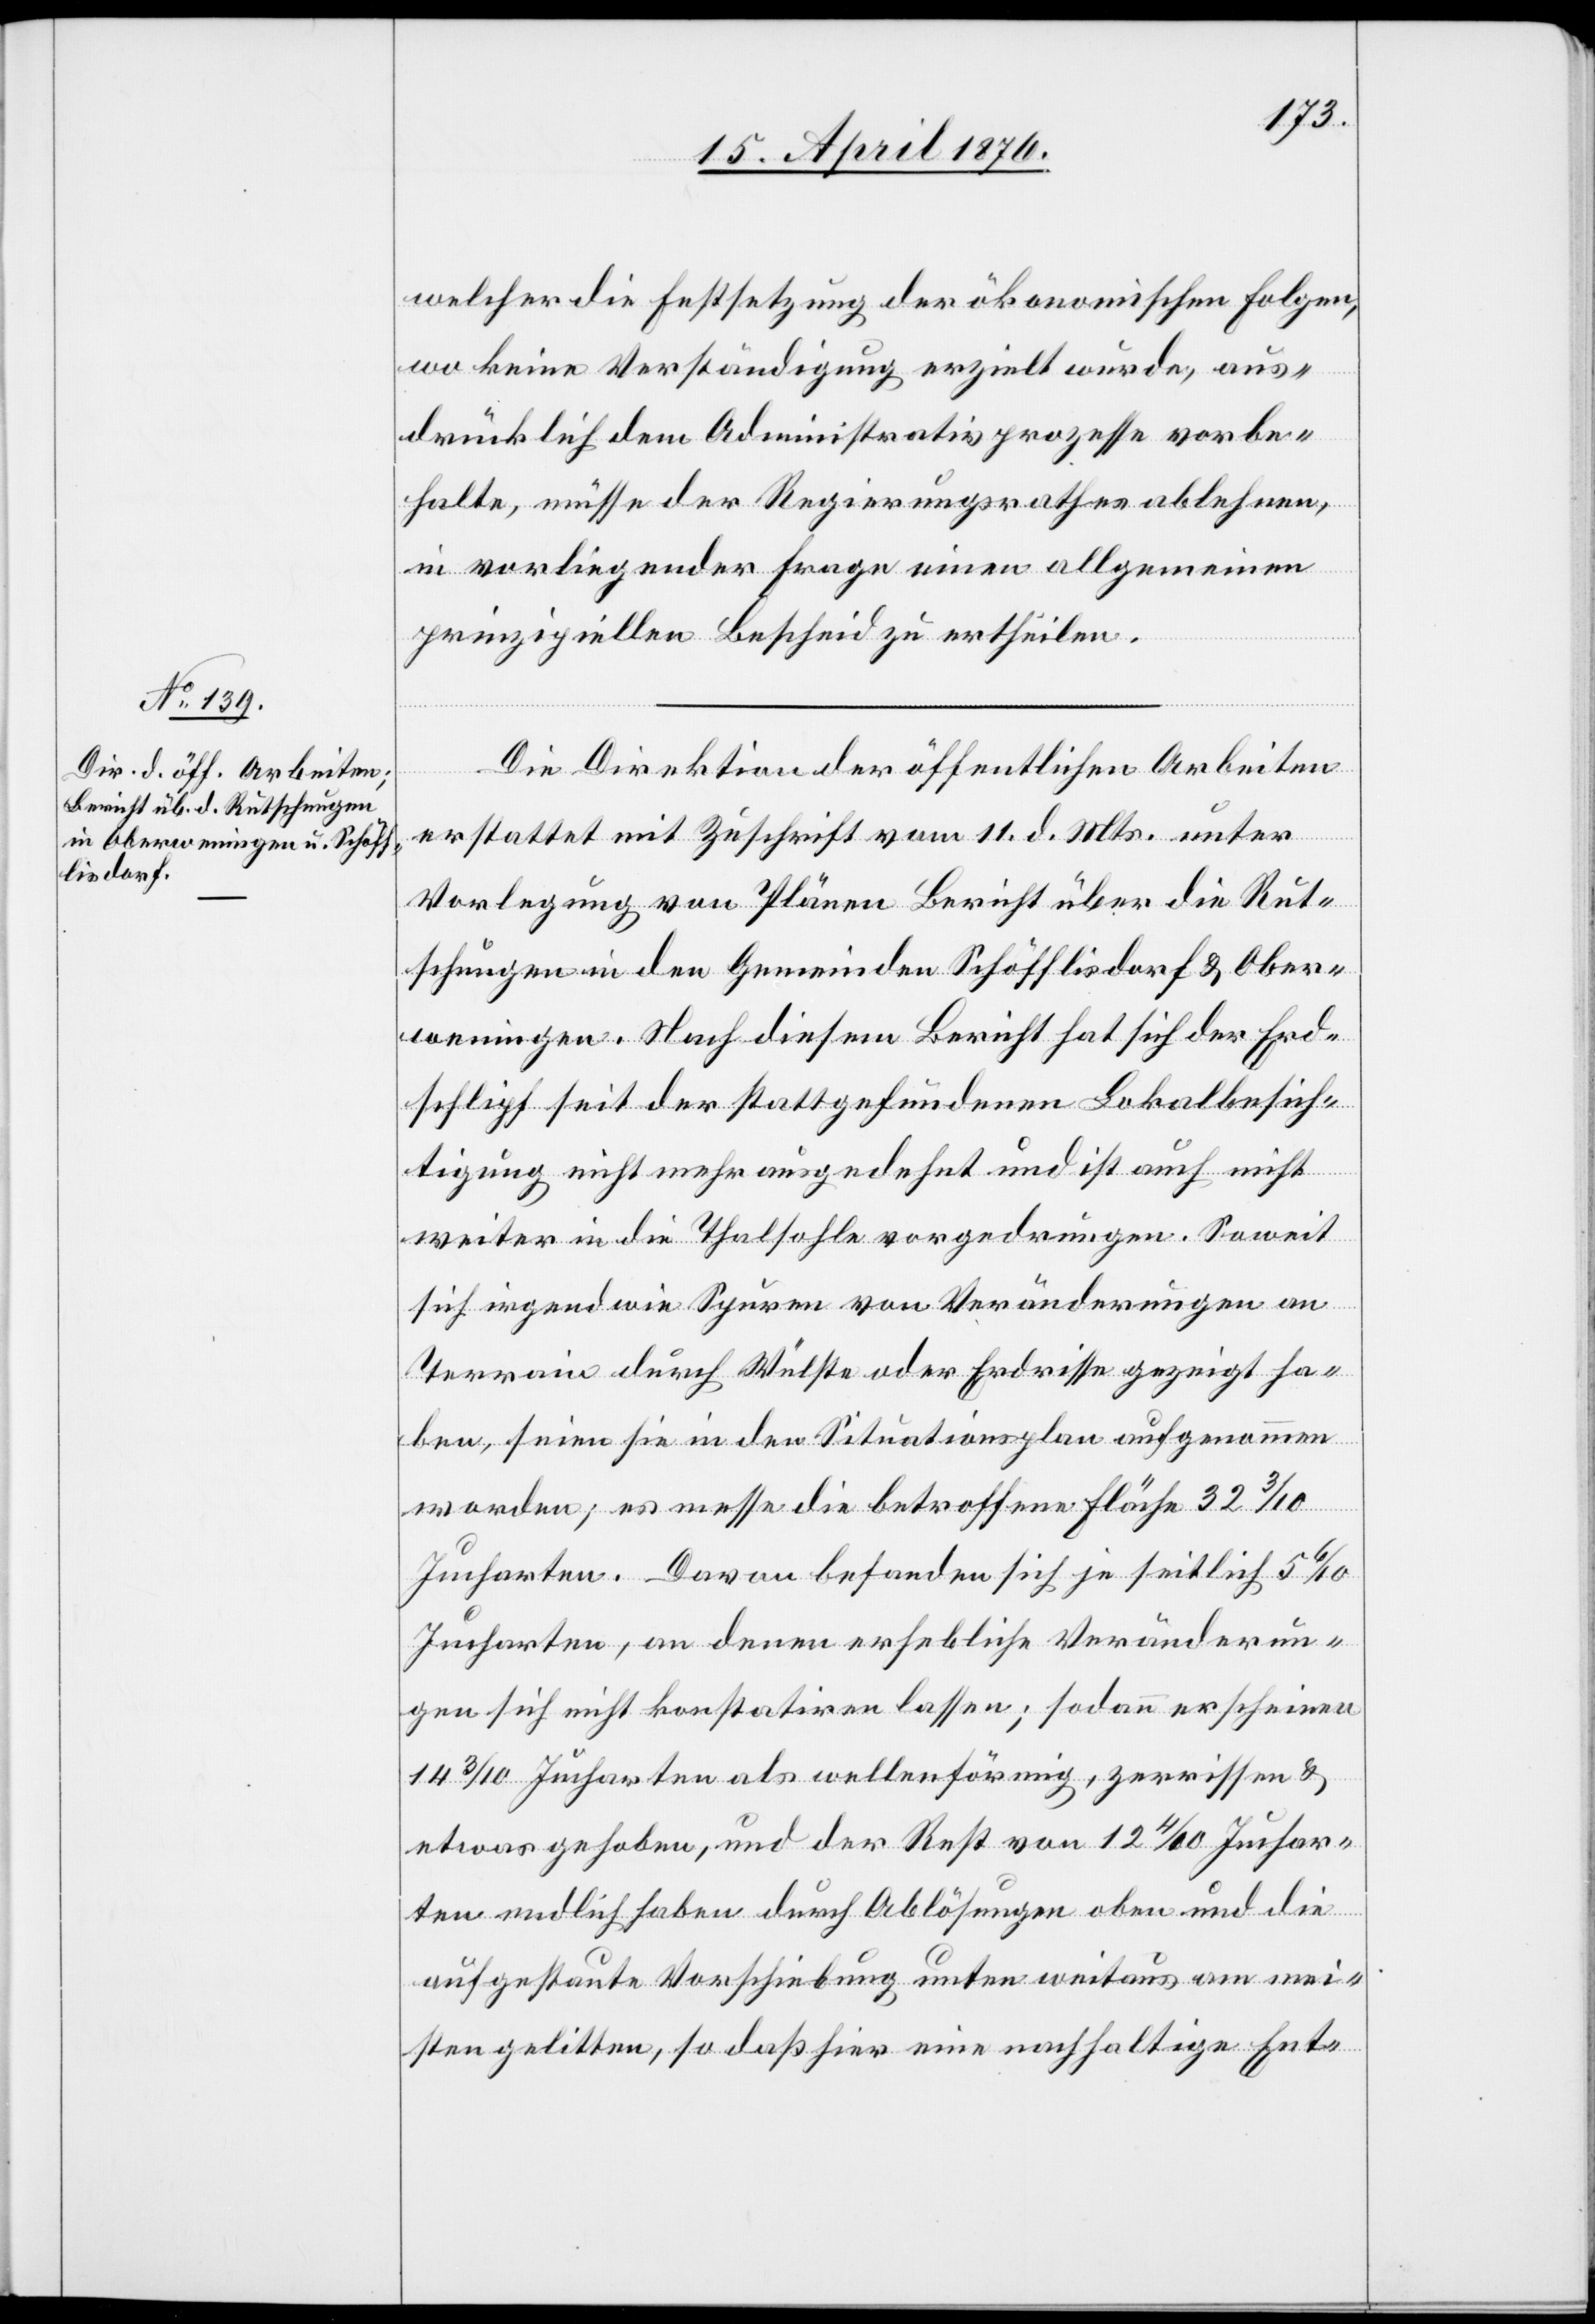
welcher die Festsetzung der ökonomischen Folgen,
wo keine Verständigung erziehlt wurde, aus¬
drücklich dem Administrativprozesse vorbe¬
halte, müsse der Regierungsrath es ablehnen,
in vorliegender Frage einen allgemeinen
prinzipiellen Bescheid zu ertheilen.
Die Direktion der öffentlichen Arbeiten
erstattet mit Zuschrift vom 11. d. Mts. unter
Vorlegung von Plänen Bericht über die Rut¬
schungen in den Gemeinden Schöfflisdorf & Ober¬
weningen. Nach diesem Bericht hat sich der Erd¬
schlipf seit der stattgefundenen Lokalbesich¬
tigung nicht mehr ausgedehnt und ist auch nicht
weiter in die Thalsohle vorgedrungen. Soweit
sich irgendwie Spuren von Veränderungen an
Terrain [sic!] durch Wülste oder Erdrisse gezeigt ha¬
ben, seien sie in den Situationsplan aufgenommen
worden; es messe die betroffene Fläche 32 3/10
Jucharten. Davon befanden sich je seitlich 5 6/10
Jucharten, an denen erhebliche Veränderun¬
gen sich nicht konstatiren lassen; sodann erscheinen
14 3/10 Jucharten als wellenförmig, zerrissen &
etwas gehoben, und der Rest von 12 4/10 Juchar¬
ten endlich haben durch Ablösungen oben und die
aufgestaute Vorschiebung unten weitaus am mei¬
sten gelitten, so daß hier eine nachhaltige Ent-